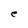
Character: e